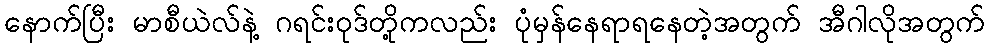
နောက်ပြီး မာစီယဲလ်နဲ့ ဂရင်းဝုဒ်တို့ကလည်း ပုံမှန်နေရာရနေတဲ့အတွက် အီဂါလိုအတွက်